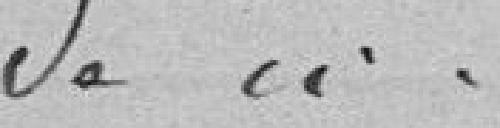
de à